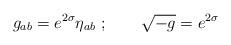
LaTeX: \begin{align*}g_{ab} = e^{2\sigma} \eta_{ab}\ ;\qquad \sqrt {-g} = e^{2\sigma}\end{align*}